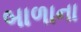
બાળાના